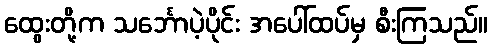
ထွေးတို့က သင်္ဘောပဲ့ပိုင်း အပေါ်ထပ်မှ စီးကြသည်။